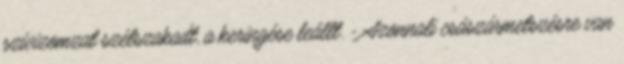
szívizomzat szétszakadt, a keringése leállt. - Azonnali császármetszésre van